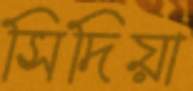
সিদিয়া